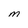
Character: M